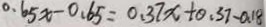
0 . 6 5 x - 0 . 6 5 = 0 . 3 7 x + 0 . 3 7 - 0 . 1 8